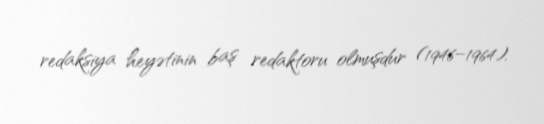
redaksiya heyətinin baş redaktoru olmuşdur (1946–1964).